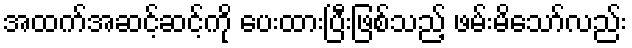
အထက်အဆင့်ဆင့်ကို ပေးထားပြီးဖြစ်သည့် ဖမ်းမိသော်လည်း